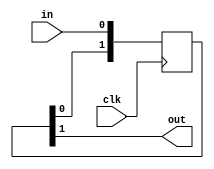
`default_nettype none
module synchronizer (
	clk,
	in,
	out
);
	reg _sv2v_0;
	parameter DATA_WIDTH = 1;
	input wire clk;
	input wire [DATA_WIDTH - 1:0] in;
	output reg [DATA_WIDTH - 1:0] out;
	(* ASYNC_REG = "TRUE" *) reg [(2 * DATA_WIDTH) - 1:0] sync_regs = 0;
	always @(posedge clk) {sync_regs[DATA_WIDTH+:DATA_WIDTH], sync_regs[0+:DATA_WIDTH]} <= {sync_regs[0+:DATA_WIDTH], in};
	always @(*) begin
		if (_sv2v_0)
			;
		out = sync_regs[DATA_WIDTH+:DATA_WIDTH];
	end
	initial _sv2v_0 = 0;
endmodule
`default_nettype wire